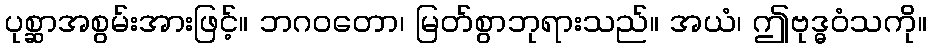
ပုစ္ဆာအစွမ်းအားဖြင့်။ ဘဂဝတော၊ မြတ်စွာဘုရားသည်။ အယံ၊ ဤဗုဒ္ဓဝံသကို။